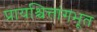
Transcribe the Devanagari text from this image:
प्रायश्चित्तांगभूत